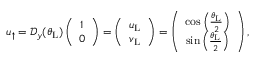
\begin{array} { r } { u _ { \uparrow } = \mathcal { D } _ { y } ( \theta _ { \mathrm { L } } ) \left( \begin{array} { c } { 1 } \\ { 0 } \end{array} \right) = \left( \begin{array} { c } { u _ { \mathrm { L } } } \\ { v _ { \mathrm { L } } } \end{array} \right) = \left( \begin{array} { c c } { \cos \left( \frac { \theta _ { \mathrm { L } } } { 2 } \right) } \\ { \sin \left( \frac { \theta _ { \mathrm { L } } } { 2 } \right) } \end{array} \right) , } \end{array}